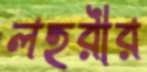
লহরীর